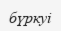
бүркуі